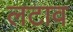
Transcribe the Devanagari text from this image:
लटाव